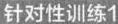
针对性训练1